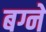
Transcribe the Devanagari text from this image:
बग्ने